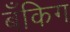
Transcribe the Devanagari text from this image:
बँकिग